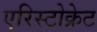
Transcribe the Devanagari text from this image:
एरिस्टोक्रेट